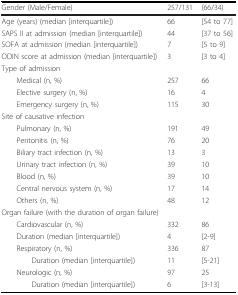
| Gender (Male/Female) | 257/131 | (66/34) |
 | --- | --- | --- |
 | Age (years) (median [interquartile]) | 66 | [54 to 77] |
 | SAPS II at admission (median [interquartile]) | 44 | [37 to 56] |
 | SOFA at admission (median [interquartile]) | 7 | [5 to 9] |
 | ODIN score at admission (median [interquartile]) | 3 | [3 to 4] |
 | Type of admission |  |  |
 | Medical (n, %) | 257 | 66 |
 | Elective surgery (n, %) | 16 | 4 |
 | Emergency surgery (n, %) | 115 | 30 |
 | Site of causative infection |  |  |
 | Pulmonary (n, %) | 191 | 49 |
 | Peritonitis (n, %) | 76 | 20 |
 | Biliary tract infection (n, %) | 13 | 3 |
 | Urinary tract infection (n, %) | 39 | 10 |
 | Blood (n, %) | 39 | 10 |
 | Central nervous system (n, %) | 17 | 14 |
 | Others (n, %) | 48 | 12 |
 | Organ failure (with the duration of organ failure) |  |  |
 | Cardiovascular (n, %) | 332 | 86 |
 | Duration (median [interquartile]) | 4 | [2-9] |
 | Respiratory (n, %) | 336 | 87 |
 | Duration (median [interquartile]) | 11 | [5-21] |
 | Neurologic (n, %) | 97 | 25 |
 | Duration (median [interquartile]) | 6 | [3-13] |